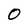
Character: O